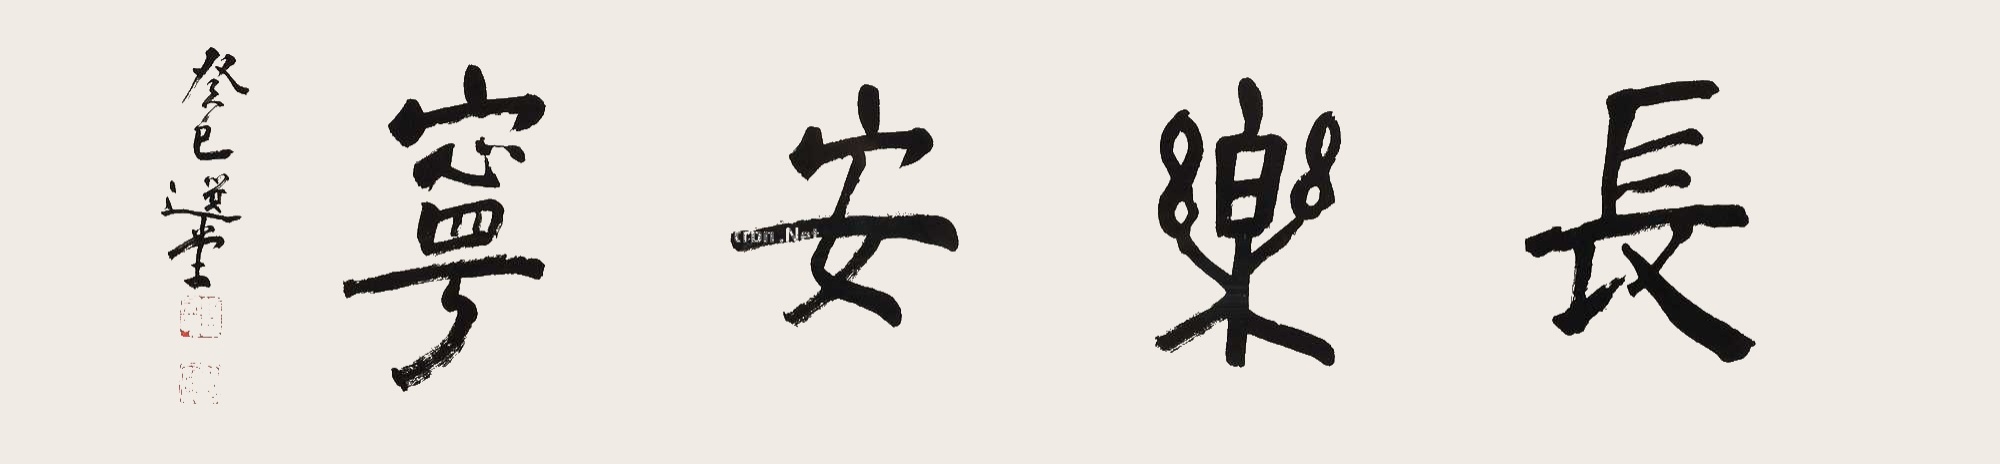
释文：长乐安宁。癸巳，选堂。